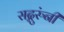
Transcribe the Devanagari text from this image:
सद्गुरुंनी